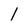
Character: l